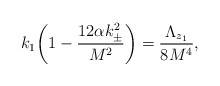
\begin{align*}k_1\bigg(1-\frac{12\alpha k_\pm^2}{M^2}\bigg)=\frac{\Lambda_{z_1}}{8M^4}, \end{align*}